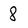
Character: 8